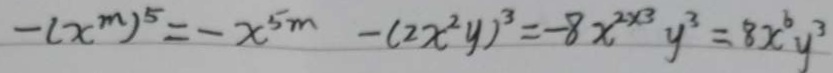
- ( x ^ { m } ) ^ { 5 } = - x ^ { 5 m } - ( 2 x ^ { 2 } y ) ^ { 3 } = - 8 x ^ { 2 \times 3 } y ^ { 3 } = 8 x ^ { 6 } y 3